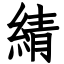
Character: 綪